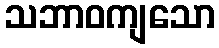
သဘာဝကျသော